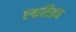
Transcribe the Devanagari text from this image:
एकत्रितच